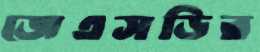
জেএসডির